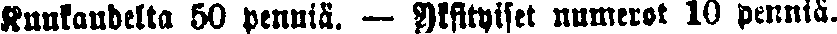
Kuukaudelta 50 penniä. — Yksityiset numerot 10 penniä.